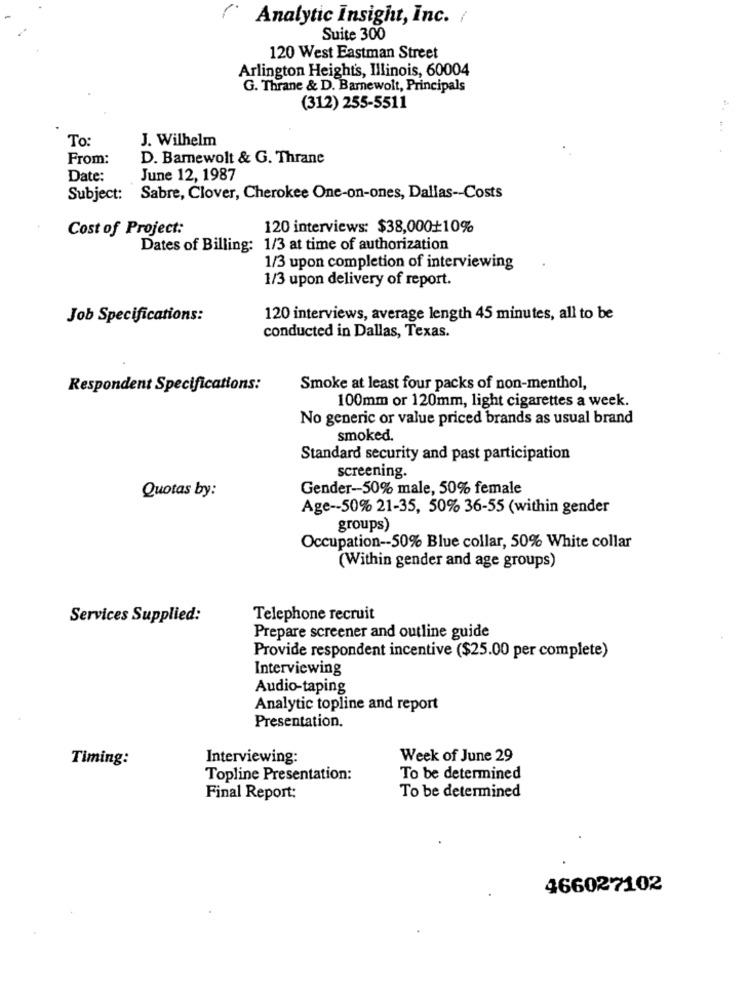
Analytic Insight, Inc. /
Suite 300
120 West Eastman Street
Arlington Heights, Illinois, 60004
G. Thrane & D. Barnewolt, Principals
(312) 255-5511
To:
J. Wilhelm
From:
D. Barewolt & G. Thrane
Date:
June 12, 1987
Subject: Sabre, Clover, Cherokee One-on-ones, Dallas -- Costs
Cost of Project:
120 interviews: $38,000+10%
Dates of Billing: 1/3 at time of authorization
1/3 upon completion of interviewing
1/3 upon delivery of report.
Job Specifications:
120 interviews, average length 45 minutes, all to be
conducted in Dallas, Texas.
Respondent Specifications:
Smoke at least four packs of non-menthol,
100mm or 120mm, light cigarettes a week.
No generic or value priced brands as usual brand
smoked.
Standard security and past participation
screening.
Gender-50% male, 50% female
Quotas by:
Age -- 50% 21-35, 50% 36-55 (within gender
groups)
Occupation -- 50% Blue collar, 50% White collar
(Within gender and age groups)
Services Supplied:
Telephone recruit
Prepare screener and outline guide
Provide respondent incentive ($25.00 per complete)
Interviewing
Audio-taping
Analytic topline and report
Presentation.
Timing:
Interviewing:
Week of June 29
Topline Presentation:
To be determined
Final Report:
To be determined
466027102